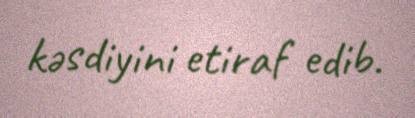
kəsdiyini etiraf edib.